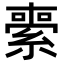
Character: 𦃦